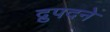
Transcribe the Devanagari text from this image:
द्रुपदने